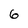
Character: 6